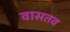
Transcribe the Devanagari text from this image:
वासतव